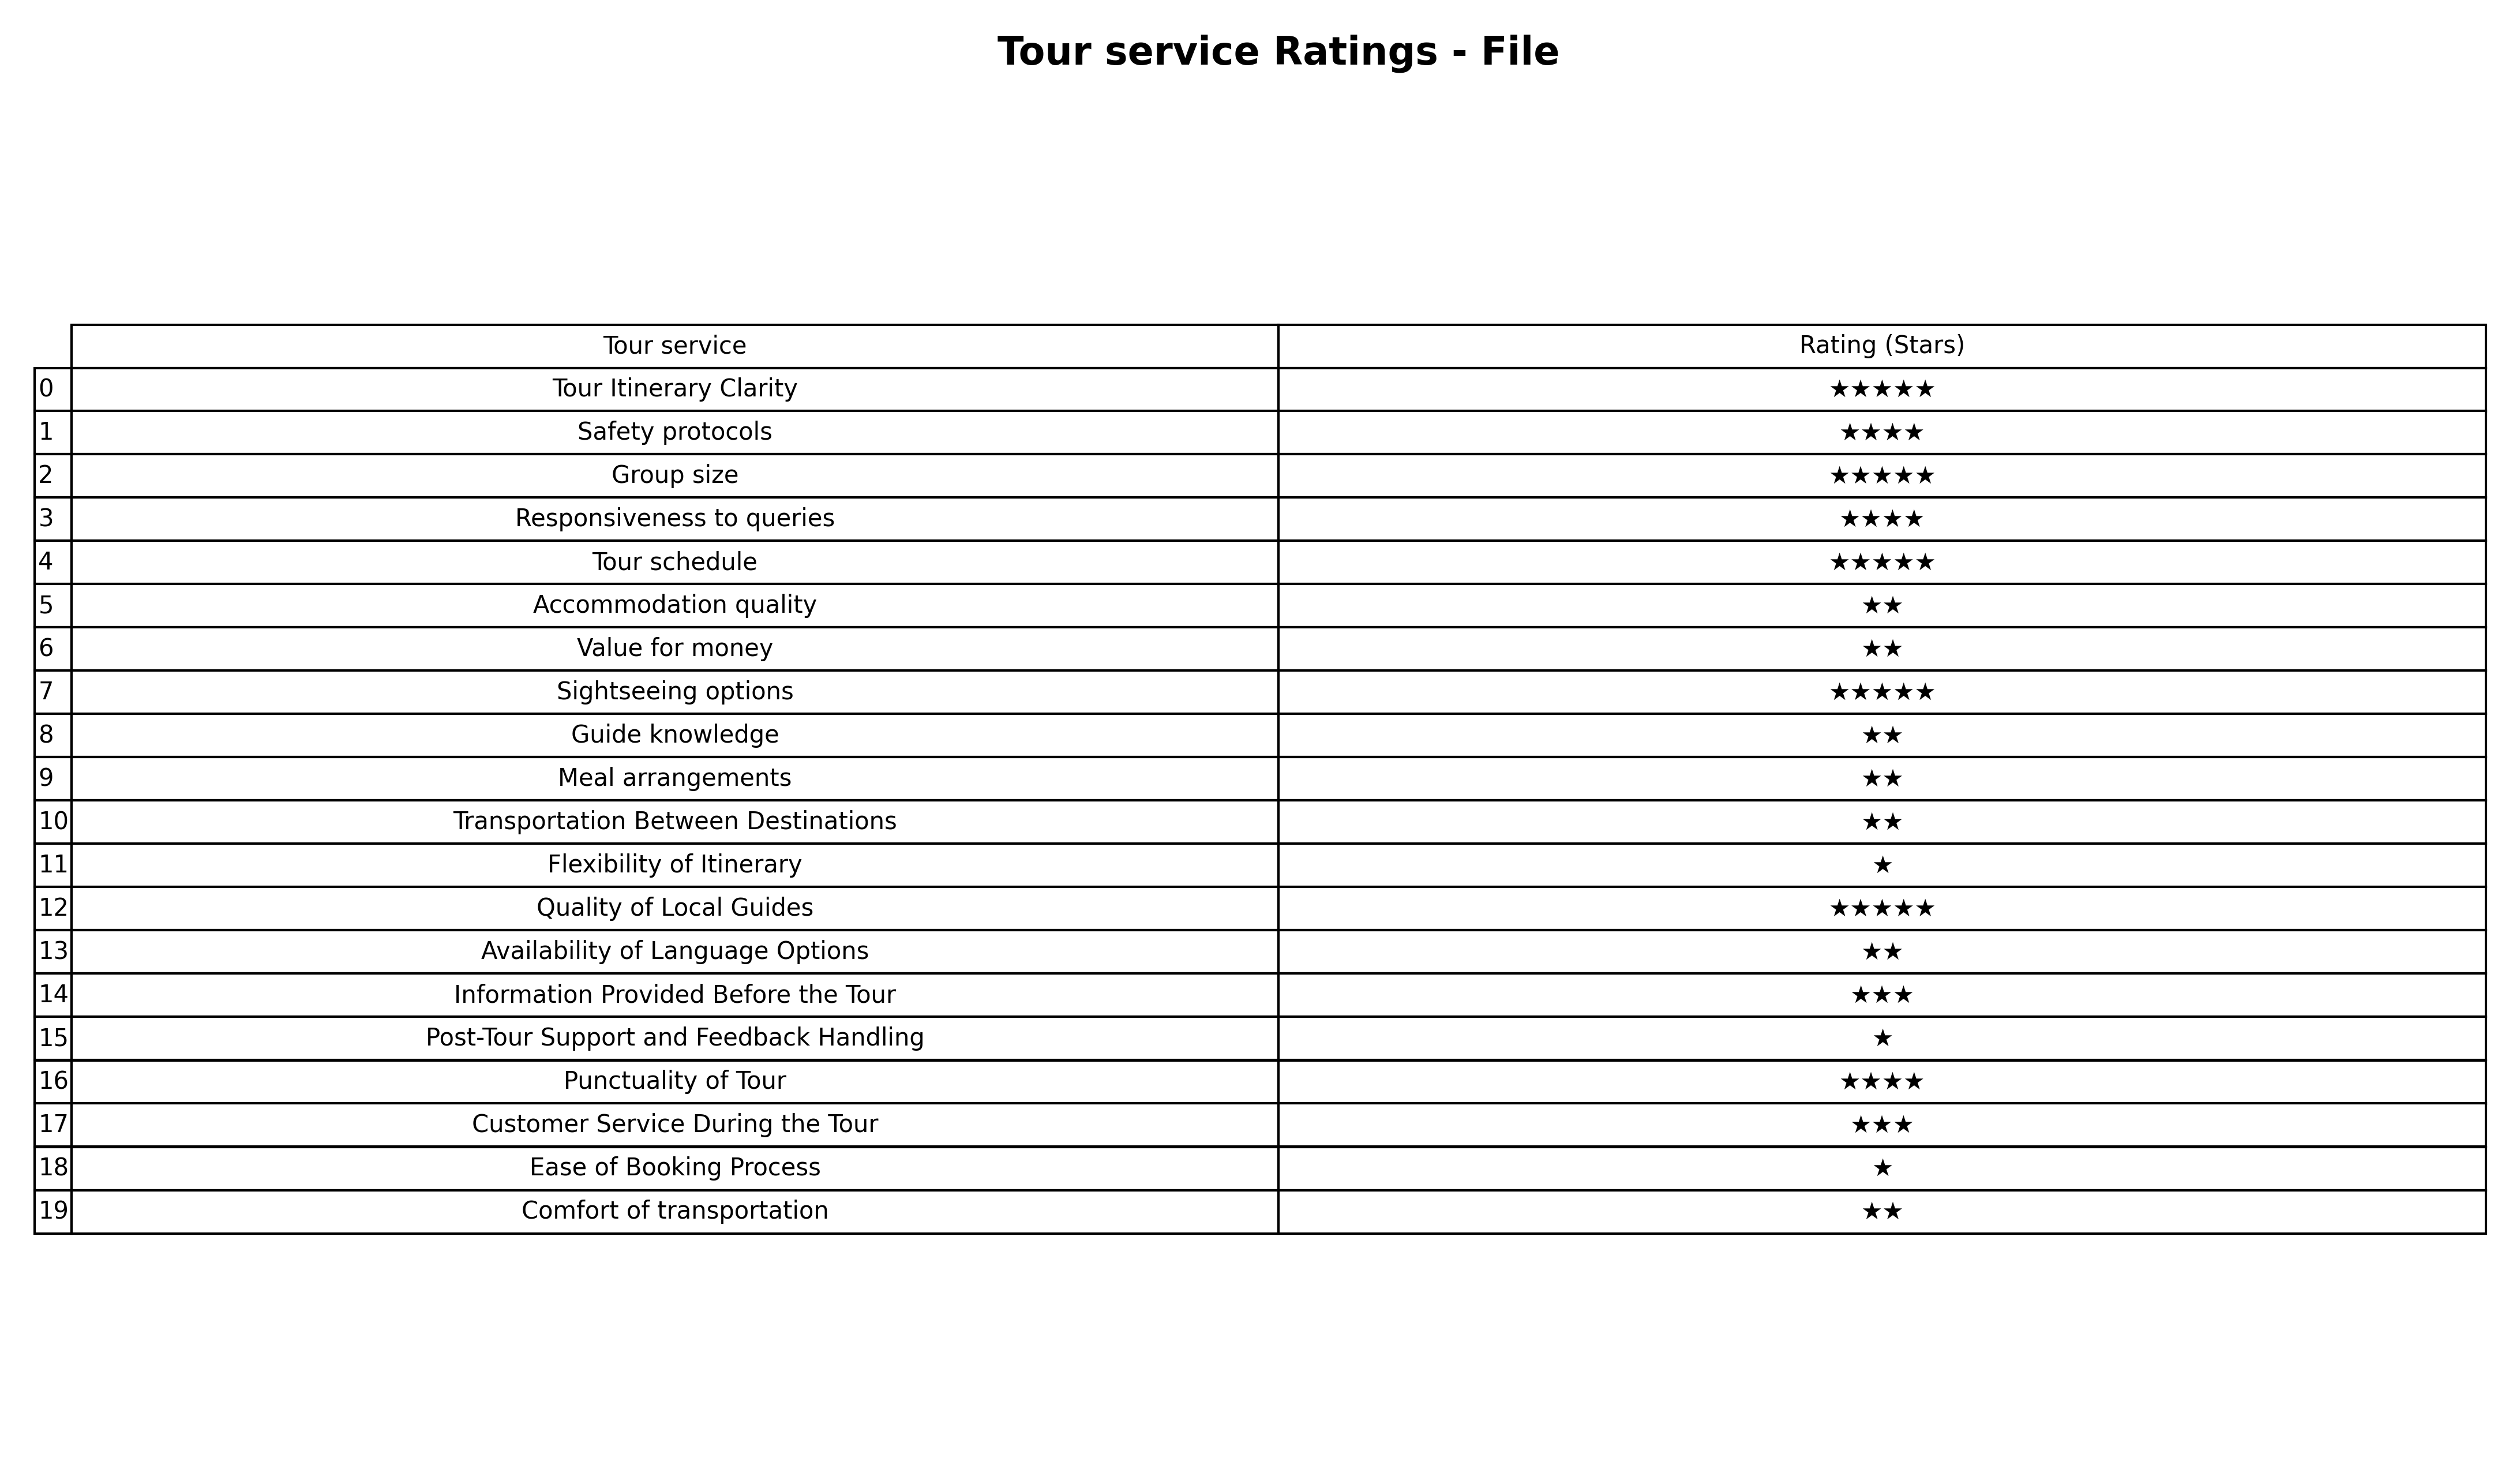
question: What is the rating of Transportation Between Destinations?
answer: ★★